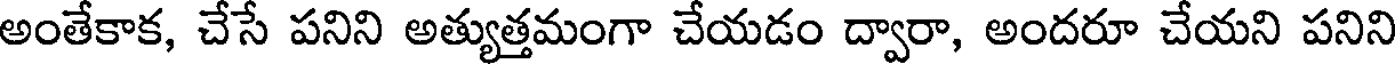
అంతేకాక, చేసే పనిని అత్యుత్తమంగా చేయడం ద్వారా, అందరూ చేయని పనిని